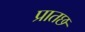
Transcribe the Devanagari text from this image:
प्रातछ